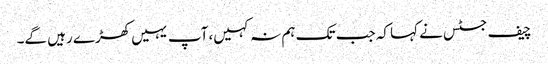
چیف جسٹس نے کہا کہ جب تک ہم نہ کہیں، آپ یہیں کھڑے رہیں گے۔